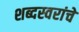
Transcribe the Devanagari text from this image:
शब्दस्वरांचे